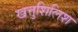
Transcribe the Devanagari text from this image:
खत्तुशिलिश